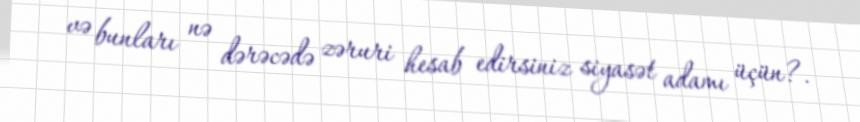
və bunları nə dərəcədə zəruri hesab edirsiniz siyasət adamı üçün?.